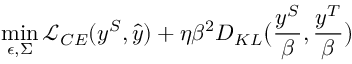
\operatorname* { m i n } _ { \epsilon , \Sigma } \mathcal { L } _ { C E } ( y ^ { S } , \hat { y } ) + \eta \beta ^ { 2 } D _ { K L } \big ( \frac { y ^ { S } } { \beta } , \frac { y ^ { T } } { \beta } \big )